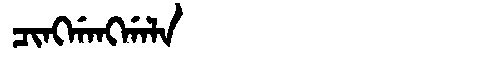
Manchu: ᠴᡳᠩᡤᠠᠩᡤᠠᠯᠠ
Romanization: CINGGANGGALA